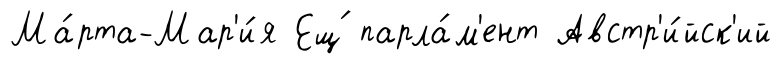
Ма́рта-Мар'и́я Ещ́ парла́м'ент Австр'и́йск'ий